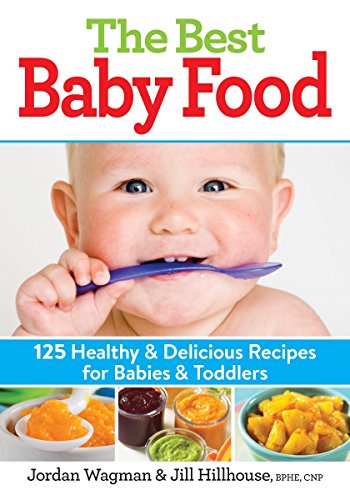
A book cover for The Best Baby Food: 125 Healthy and Delicious Recipes for Babies and Toddlers; Jordan Wagman; Cookbooks, Food & Wine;